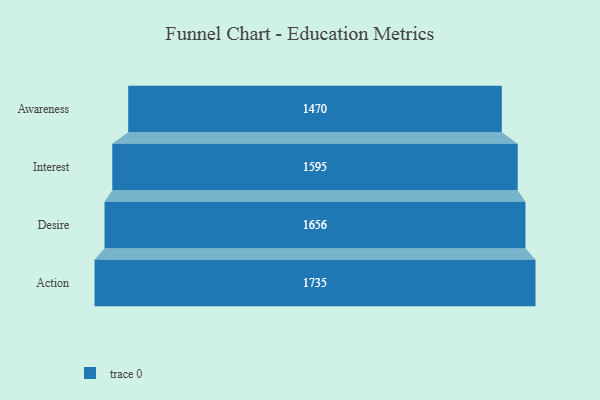
{"axis": {"x": "Stage", "y": "Value"}, "legend": [""], "data": [{"x": "Awareness", "y": 1470.0, "type": ""}, {"x": "Interest", "y": 1595.0, "type": ""}, {"x": "Desire", "y": 1656.0, "type": ""}, {"x": "Action", "y": 1735.0, "type": ""}]}